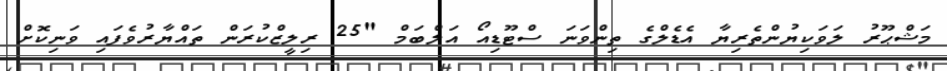
މަޝްޙޫރު ލަވަކިޔުންތެރިޔާ އެޑެލްގެ ތިންވަނަ ސްޓޫޑިއޯ އަލްބަމް "25 ރިލީޒްކުރަން ތައްޔާރުވެފައި ވަނިކޮށް